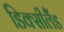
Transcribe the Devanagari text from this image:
डिक्सीलैंड